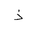
Letter: _thal